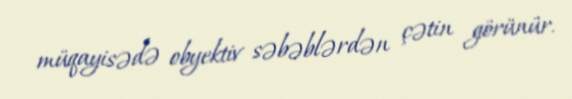
müqayisədə obyektiv səbəblərdən çətin görünür.